Document type: Clause in a will
Year: 1320
Scribe: Francesc de Torre
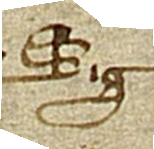
Sig